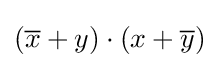
({\overline {x}}+y)\cdot (x+{\overline {y}})